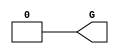
// $Header: /devl/xcs/repo/env/Databases/CAEInterfaces/verunilibs/data/unisims/GND.v,v 1.5 2007/05/23 21:43:33 patrickp Exp $
///////////////////////////////////////////////////////////////////////////////
// Copyright (c) 1995/2004 Xilinx, Inc.
// All Right Reserved.
///////////////////////////////////////////////////////////////////////////////
//   ____  ____
//  /   /\/   /
// /___/  \  /    Vendor : Xilinx
// \   \   \/     Version : 10.1
//  \   \         Description : Xilinx Functional Simulation Library Component
//  /   /                  GND Connection
// /___/   /\     Filename : GND.v
// \   \  /  \    Timestamp : Thu Mar 25 16:42:19 PST 2004
//  \___\/\___\
//
// Revision:
//    03/23/04 - Initial version.
//    05/23/07 - Changed timescale to 1 ps / 1 ps.

`timescale  1 ps / 1 ps


module GND(G);

    output G;

	assign G = 1'b0;

endmodule